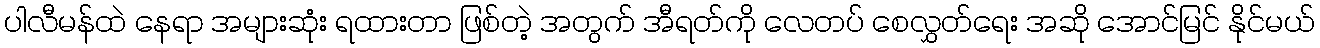
ပါလီမန်ထဲ နေရာ အများဆုံး ရထားတာ ဖြစ်တဲ့ အတွက် အီရတ်ကို လေတပ် စေလွှတ်ရေး အဆို အောင်မြင် နိုင်မယ်